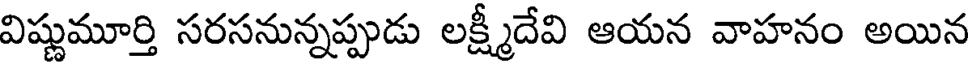
విష్ణుమూర్తి సరసనున్నప్పుడు లక్ష్మీదేవి ఆయన వాహనం అయిన